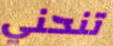
تنحني